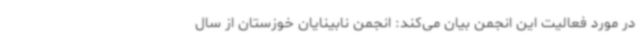
در مورد فعالیت این انجمن بیان می‌کند: انجمن نابینایان خوزستان از سال